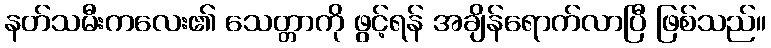
နတ်သမီးကလေး၏ သေတ္တာကို ဖွင့်ရန် အချိန်ရောက်လာပြီ ဖြစ်သည်။